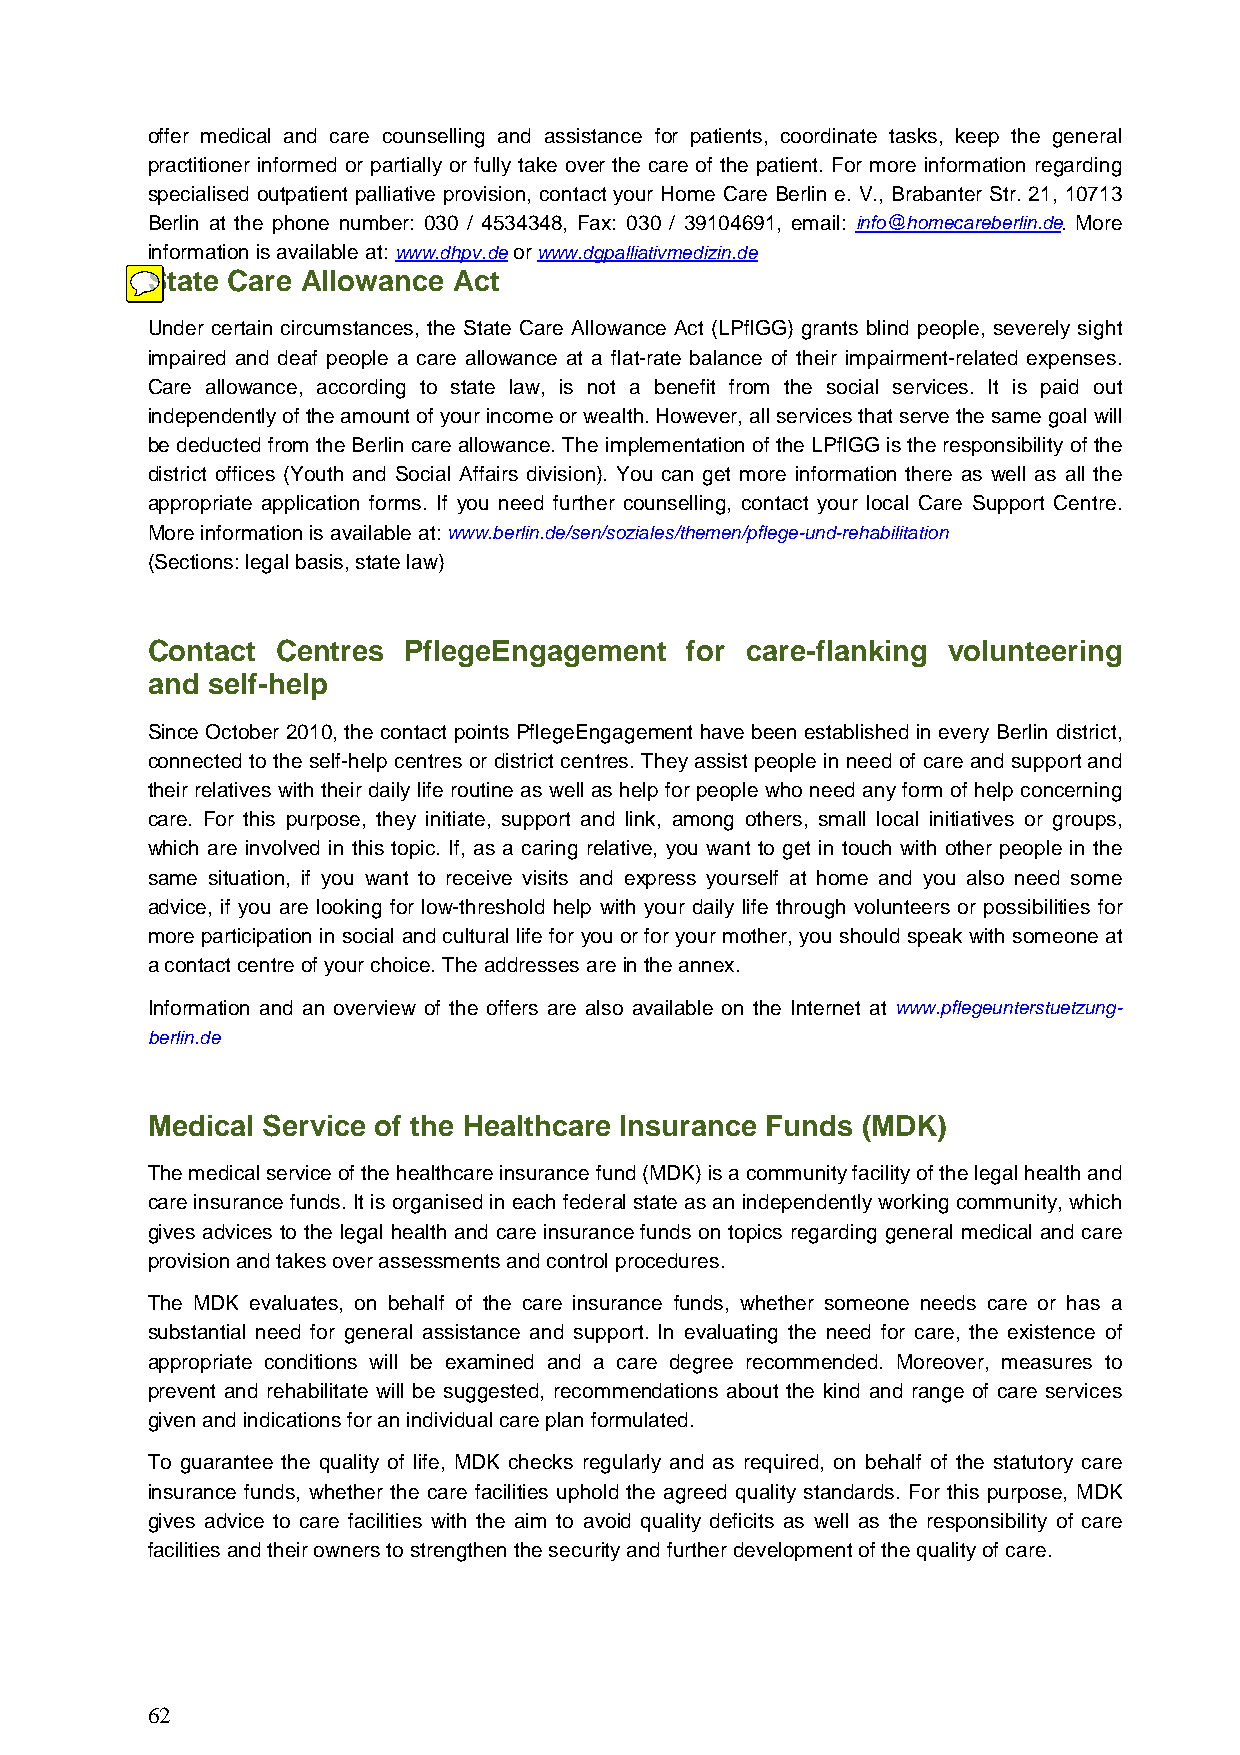
offer medical and care counselling and assistance for patients, coordinate tasks, keep the general
 practitioner informed or partially or fully take over the care of the patient. For more information regarding
 specialised outpatient palliative provision, contact your Home Care Berlin e. V., Brabanter Str. 21, 10713
 Berlin at the phone number: 030 / 4534348, Fax: 030 / 39104691, email: info@homecareberlin.de. More
 information is available at: www.dhpv.de or www.dgpalliativmedizin.de
 State Care Allowance Act
 Under certain circumstances, the State Care Allowance Act (LPflGG) grants blind people, severely sight
 impaired and deaf people a care allowance at a flat-rate balance of their impairment-related expenses.
 Care allowance, according to state law, is not a benefit from the social services. It is paid out
 independently of the amount of your income or wealth. However, all services that serve the same goal will
 be deducted from the Berlin care allowance. The implementation of the LPflGG is the responsibility of the
 district offices (Youth and Social Affairs division). You can get more information there as well as all the
 appropriate application forms. If you need further counselling, contact your local Care Support Centre.
 More information is available at: www.berlin.de/sen/soziales/themen/pflege-und-rehabilitation
 (Sections: legal basis, state law)
 Contact Centres  PflegeEngagement   for care-flanking volunteering
 and self-help
 Since October 2010, the contact points PflegeEngagement have been established in every Berlin district,
 connected to the self-help centres or district centres. They assist people in need of care and support and
 their relatives with their daily life routine as well as help for people who need any form of help concerning
 care. For this purpose, they initiate, support and link, among others, small local initiatives or groups,
 which are involved in this topic. If, as a caring relative, you want to get in touch with other people in the
 same situation, if you want to receive visits and express yourself at home and you also need some
 advice, if you are looking for low-threshold help with your daily life through volunteers or possibilities for
 more participation in social and cultural life for you or for your mother, you should speak with someone at
 a contact centre of your choice. The addresses are in the annex.
 Information and an overview of the offers are also available on the Internet at www.pflegeunterstuetzung-
 berlin.de
 Medical Service of the Healthcare Insurance Funds (MDK)
 The medical service of the healthcare insurance fund (MDK) is a community facility of the legal health and
 care insurance funds. It is organised in each federal state as an independently working community, which
 gives advices to the legal health and care insurance funds on topics regarding general medical and care
 provision and takes over assessments and control procedures.
 The MDK evaluates, on behalf of the care insurance funds, whether someone needs care or has a
 substantial need for general assistance and support. In evaluating the need for care, the existence of
 appropriate conditions will be examined and a care degree recommended. Moreover, measures to
 prevent and rehabilitate will be suggested, recommendations about the kind and range of care services
 given and indications for an individual care plan formulated.
 To guarantee the quality of life, MDK checks regularly and as required, on behalf of the statutory care
 insurance funds, whether the care facilities uphold the agreed quality standards. For this purpose, MDK
 gives advice to care facilities with the aim to avoid quality deficits as well as the responsibility of care
 facilities and their owners to strengthen the security and further development of the quality of care.
 62